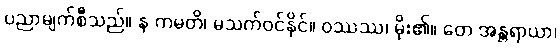
ပညာမျက်စီသည်။ န ကမတိ၊ မသက်ဝင်နိုင်။ ဝဿဿ၊ မိုး၏။ တေ အန္တရာယာ၊